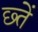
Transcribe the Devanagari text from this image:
छ्तें